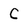
Character: C